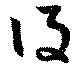
得